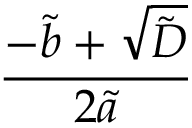
\frac { - \tilde { b } + \sqrt { \tilde { D } } } { 2 \tilde { a } }